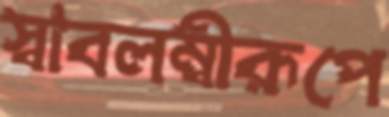
স্বাবলম্বীরূপে